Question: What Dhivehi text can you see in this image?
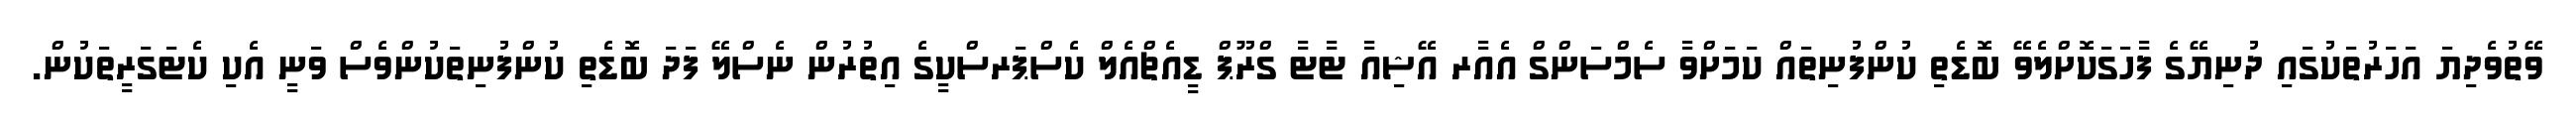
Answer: ވޭތުވެދިޔަ އަހަރުތަކުގައި ދުނިޔޭގެ ފާހަގަކޮށްލެވޭ ބޮޑެތި ކުންފުނިތައް ކަމަށްވާ ސެމްސަންގް އެއާރ އޭޝިއާ ޓާޓާ ގްރޫޕް ޑީއެޗްއެލް ކެސްޕަރސްކީގެ އިތުރުން ނެސްލޭ ފަދަ ބޮޑެތި ކުންފުނިތަކުންވެސް ވަނީ އެކި ކެޓަގަރީތަކުން.